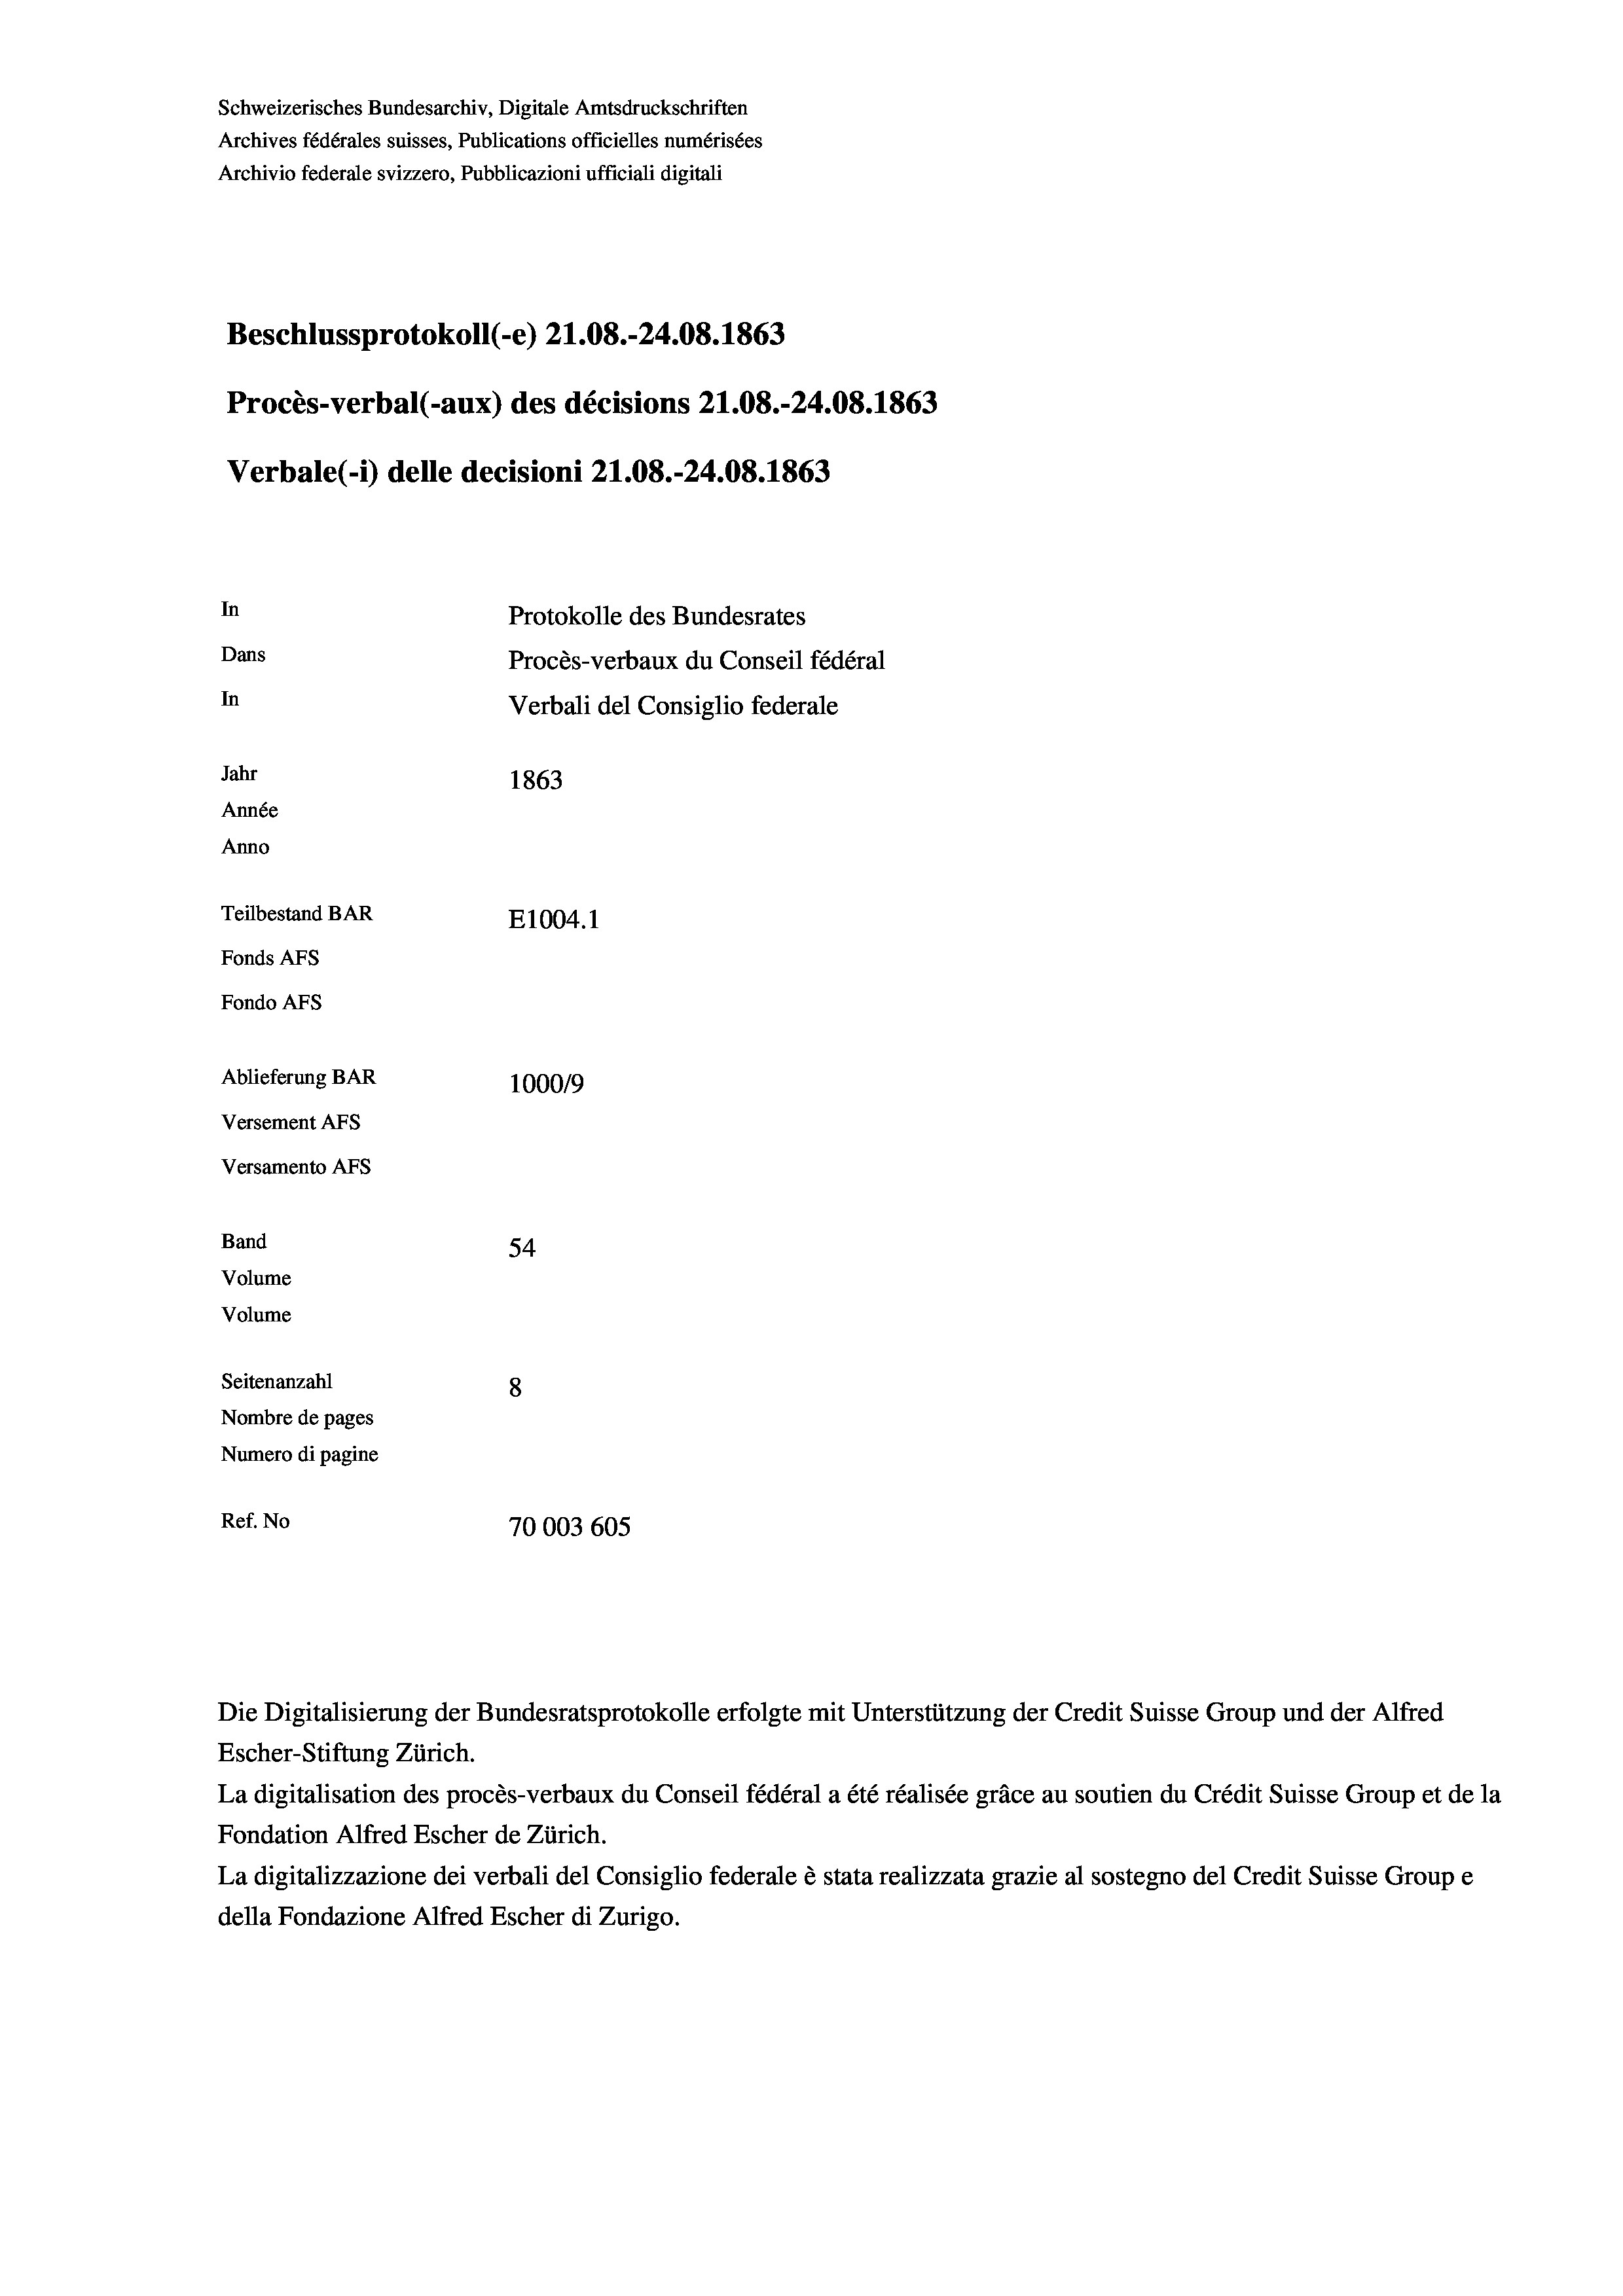
Schweizerisches Bundesarchiv, Digitale Amtsdruckschriften
Archives fédérales suisses, Publications officielles numérisées
Archivio federale svizzero, Pubblicazioni ufficiali digitali
Beschlussprotokoll (-e) 21.08.-24.08. 1863
Procès-verbal (-aux) des décisions Z1.08.-24.08. 1863
Verbale(-*) delle decisioni 21.08.-24.08. 1863
In
Protokolle des Bundesrates
Dans
Procès-verbaux du Conseil fédéral
In
Verbali del Consiglio federale
Jahr
1863
Année
Anno
Teilbestand BAR
E1004. 1
Fonds AFs
Fondo AFS
Ablieferung BAR
100019
Versement AFs
Versamento AFs
Band
54
Volume
Volume
Seitenanzahl
8

Nombre de pages
Numero di pagine
Ref. No
70003 605

Escher-Stiftung Zürich.
La digitalisation des procès-verbaux du Conseil fédéral a été réalisée gräce au soutien du Crédit Suisse Group et de la
Fondation Alfred Escher de Zürich.
La digitalizzazione dei verbali del Consiglio federale è stata realizzata grazie al sostegno del Credit Suisse Groupe
della Fondazione Alfred Escher di Zurigo.

Die Digitalisierung der Bundesratsprotokolle erfolgte mit Unterstützung der Credit Suisse Group und der Alfred